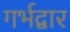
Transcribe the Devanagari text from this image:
गर्भद्वार